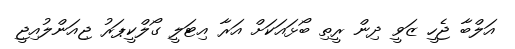
އަލްބާ ޖެހީ ޒަވީ ދިން ރީތި ބޯޅައަކަށް އަރާ އިޓަލީ ގޯލްކީޕަރު ޖިއަންލުއިޖީ